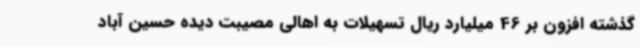
گذشته افزون بر 46 میلیارد ریال تسهیلات به اهالی مصیبت دیده حسین آباد